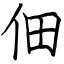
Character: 佃